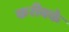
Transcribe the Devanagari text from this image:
करीबके